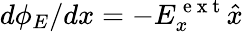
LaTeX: d\phi_{E}/dx=-E_{x}^{\mathrm{~e~x~t~}}\hat{x}